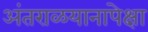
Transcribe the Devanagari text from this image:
अंतराळयानापेक्षा